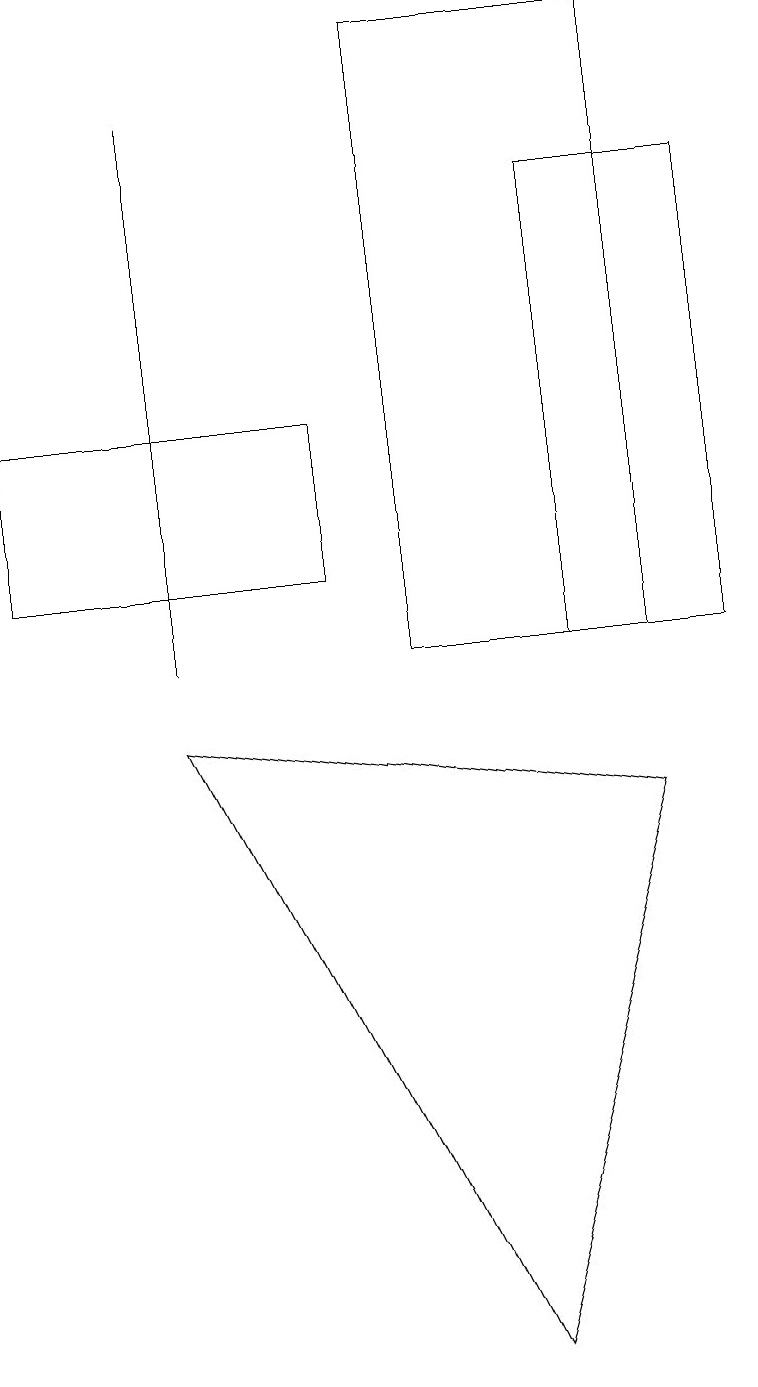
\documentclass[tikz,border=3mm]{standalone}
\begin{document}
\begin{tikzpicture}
\draw (5,10) rectangle (8,18);
\draw (7,10) rectangle (9,16);
\draw (2,9) -- (8,8) -- (6,1) -- cycle;
\draw (0,11) rectangle (4,13);
\draw (2,17) rectangle (2,10);
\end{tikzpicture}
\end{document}